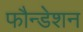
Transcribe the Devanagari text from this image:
फौन्डेशन